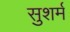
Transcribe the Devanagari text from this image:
सुशर्म